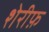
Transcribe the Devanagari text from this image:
शेरीफ़